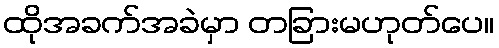
ထိုအခက်အခဲမှာ တခြားမဟုတ်ပေ။